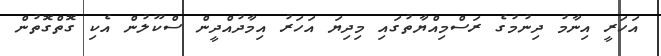
އަހަރީ އިނާމު ދިނުމުގެ ރަސްމިއްޔާތުގައި މިދިޔަ އަހަރު އިމާދުއްދީން ސްކޫލުން އެކި ގޮތްގޮތުން